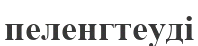
пеленгтеуді